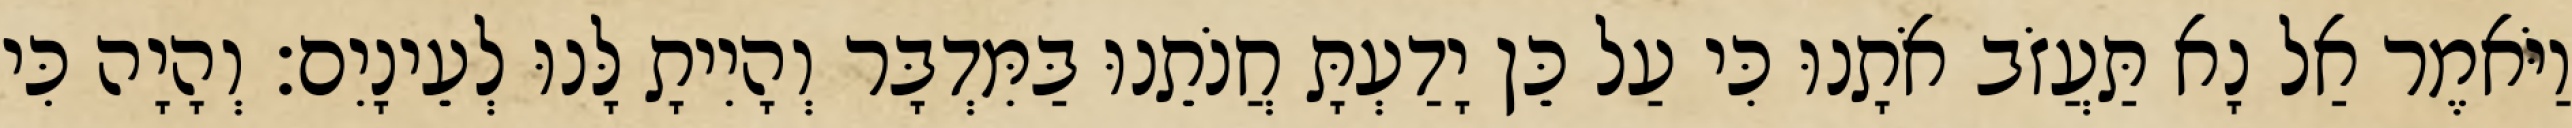
וַיֹּאמֶר אַל נָא תַּעֲזֹב אֹתָנוּ כִּי עַל כֵּן יָדַעְתָּ חֲנֹתֵנוּ בַּמִּדְבָּר וְהָיִיתָ לָּנוּ לְעֵינָיִם׃ וְהָיָה כִּי